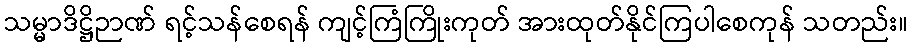
သမ္မာဒိဋ္ဌိဉာဏ် ရင့်သန်စေရန် ကျင့်ကြံကြိုးကုတ် အားထုတ်နိုင်ကြပါစေကုန် သတည်း။